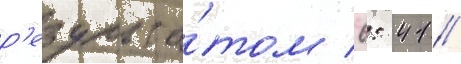
р'езульта́том 6: 41 //